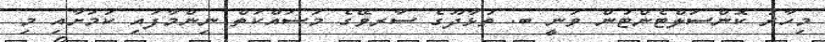
މިހާރު ކޮންސަލްޓެންޓުން ވަނީ ބ. ތުޅާދޫގެ ސާރވޭގެ މަސައްކަތް ނިންމާފައި ކަމަށާއި މި